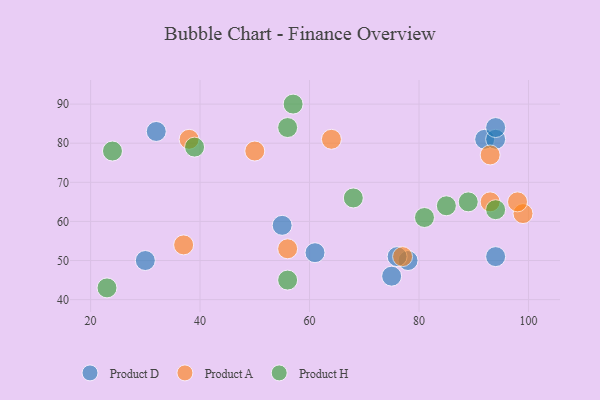
{"axis": {"x": "GDP", "y": "Life Expectancy"}, "legend": ["Product A", "Product D", "Product H"], "data": [{"x": "94", "y": 51, "type": "Product D"}, {"x": "61", "y": 52, "type": "Product D"}, {"x": "92", "y": 81, "type": "Product D"}, {"x": "94", "y": 81, "type": "Product D"}, {"x": "30", "y": 50, "type": "Product D"}, {"x": "55", "y": 59, "type": "Product D"}, {"x": "94", "y": 84, "type": "Product D"}, {"x": "75", "y": 46, "type": "Product D"}, {"x": "32", "y": 83, "type": "Product D"}, {"x": "78", "y": 50, "type": "Product D"}, {"x": "76", "y": 51, "type": "Product D"}, {"x": "37", "y": 54, "type": "Product A"}, {"x": "93", "y": 65, "type": "Product A"}, {"x": "99", "y": 62, "type": "Product A"}, {"x": "93", "y": 77, "type": "Product A"}, {"x": "38", "y": 81, "type": "Product A"}, {"x": "64", "y": 81, "type": "Product A"}, {"x": "77", "y": 51, "type": "Product A"}, {"x": "56", "y": 53, "type": "Product A"}, {"x": "98", "y": 65, "type": "Product A"}, {"x": "50", "y": 78, "type": "Product A"}, {"x": "68", "y": 66, "type": "Product H"}, {"x": "23", "y": 43, "type": "Product H"}, {"x": "56", "y": 84, "type": "Product H"}, {"x": "81", "y": 61, "type": "Product H"}, {"x": "24", "y": 78, "type": "Product H"}, {"x": "89", "y": 65, "type": "Product H"}, {"x": "56", "y": 45, "type": "Product H"}, {"x": "94", "y": 63, "type": "Product H"}, {"x": "39", "y": 79, "type": "Product H"}, {"x": "57", "y": 90, "type": "Product H"}, {"x": "85", "y": 64, "type": "Product H"}]}